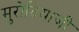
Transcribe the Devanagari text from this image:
मुरोदियाजी